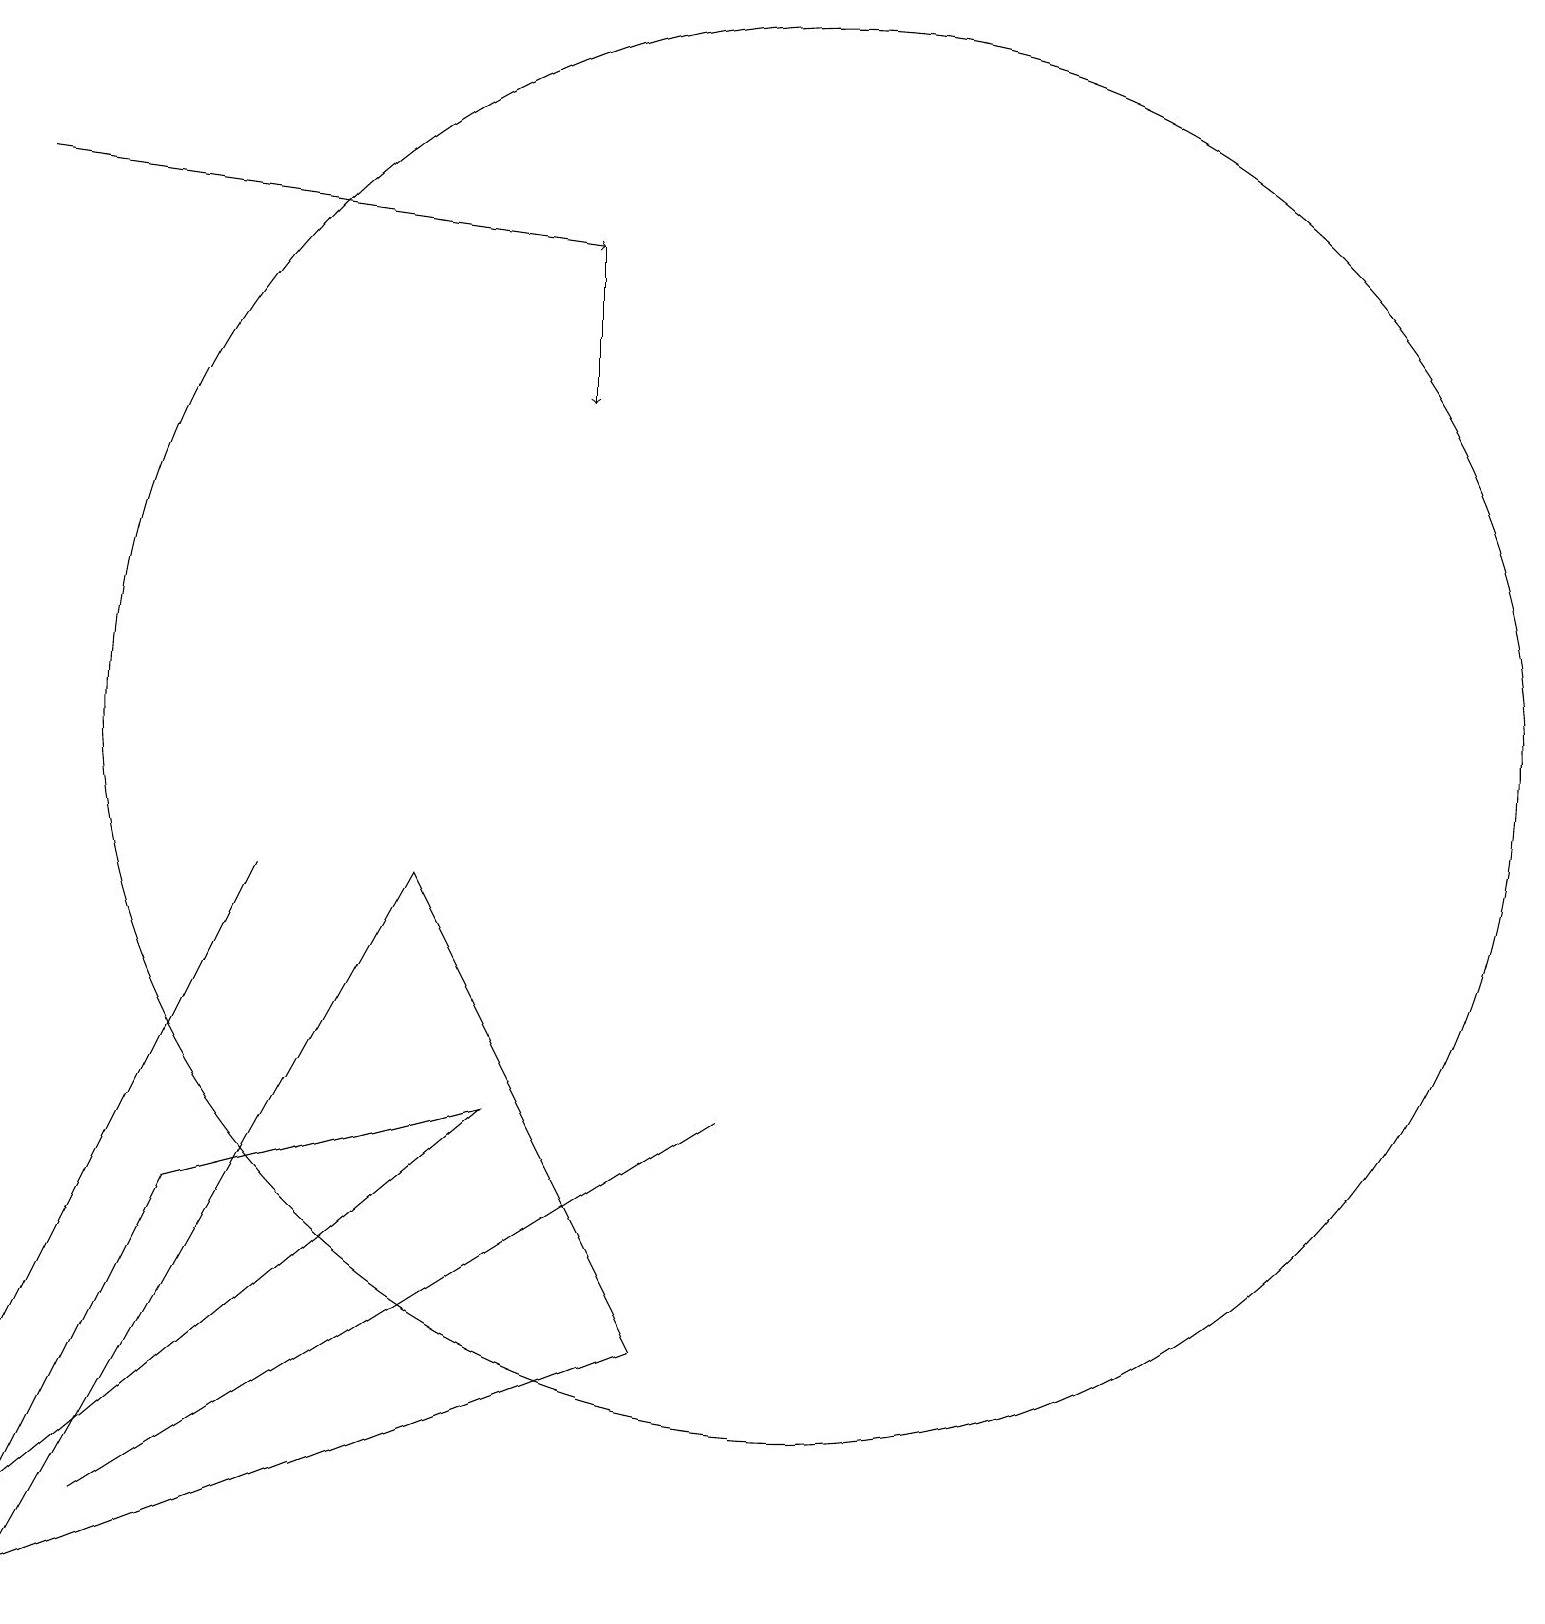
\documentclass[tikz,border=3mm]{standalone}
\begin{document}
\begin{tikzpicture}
\draw (6,6) -- (2,5) -- (0,1) -- cycle;
\draw[->] (7,17) -- (7,15);
\draw (1,5) -- (3,9) -- (0,3) -- cycle;
\draw[->] (0,18) -- (7,17);
\draw (10,11) circle (9);
\draw (1,1) -- (9,6) -- (1,1) -- cycle;
\draw (0,0) -- (8,3) -- (5,9) -- cycle;
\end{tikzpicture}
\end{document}